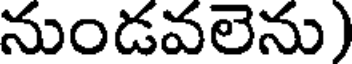
నుండవలెను)